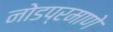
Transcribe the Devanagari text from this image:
नोडप्रमाणे